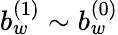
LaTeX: b_{w}^{(1)}\sim b_{w}^{(0)}